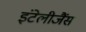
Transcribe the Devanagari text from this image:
इंटेलीजैंस